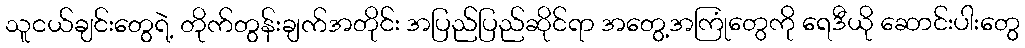
သူငယ်ချင်းတွေရဲ့ တိုက်တွန်းချက်အတိုင်း အပြည်ပြည်ဆိုင်ရာ အတွေ့အကြုံတွေကို ရေဒီယို ဆောင်းပါးတွေ